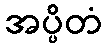
အပ္ပိတံ